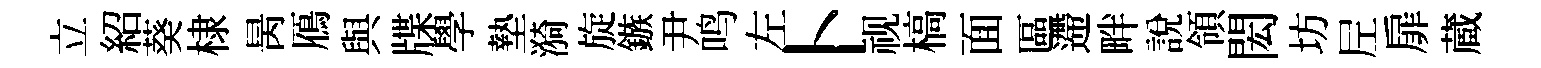
立紹葵棣昺鴈與牒學墊漪旋鏃尹鸣左卜视槁面區遰畔說領閎坊𡰱扉蔵